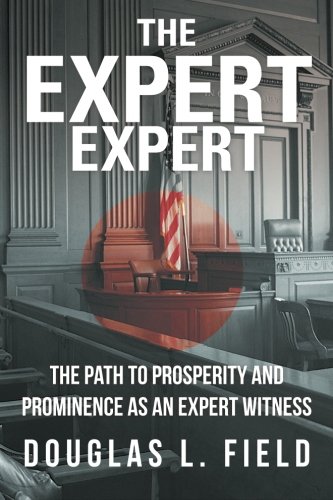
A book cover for The Expert Expert: The Path to Prosperity and Prominence as an Expert Witness; Douglas L Field; Law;